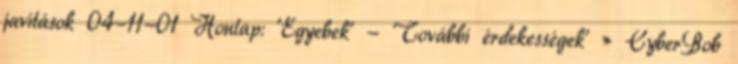
javítások 04-11-01 Honlap: 'Egyebek' - 'További érdekességek' » CyberBob